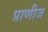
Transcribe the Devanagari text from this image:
प्राणीज